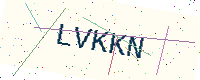
Text: LVKKN